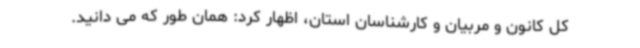
کل کانون و مربیان و کارشناسان استان، اظهار کرد: همان طور که می دانید.